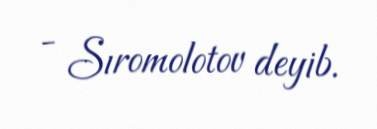
- Sıromolotov deyib.